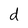
Character: d